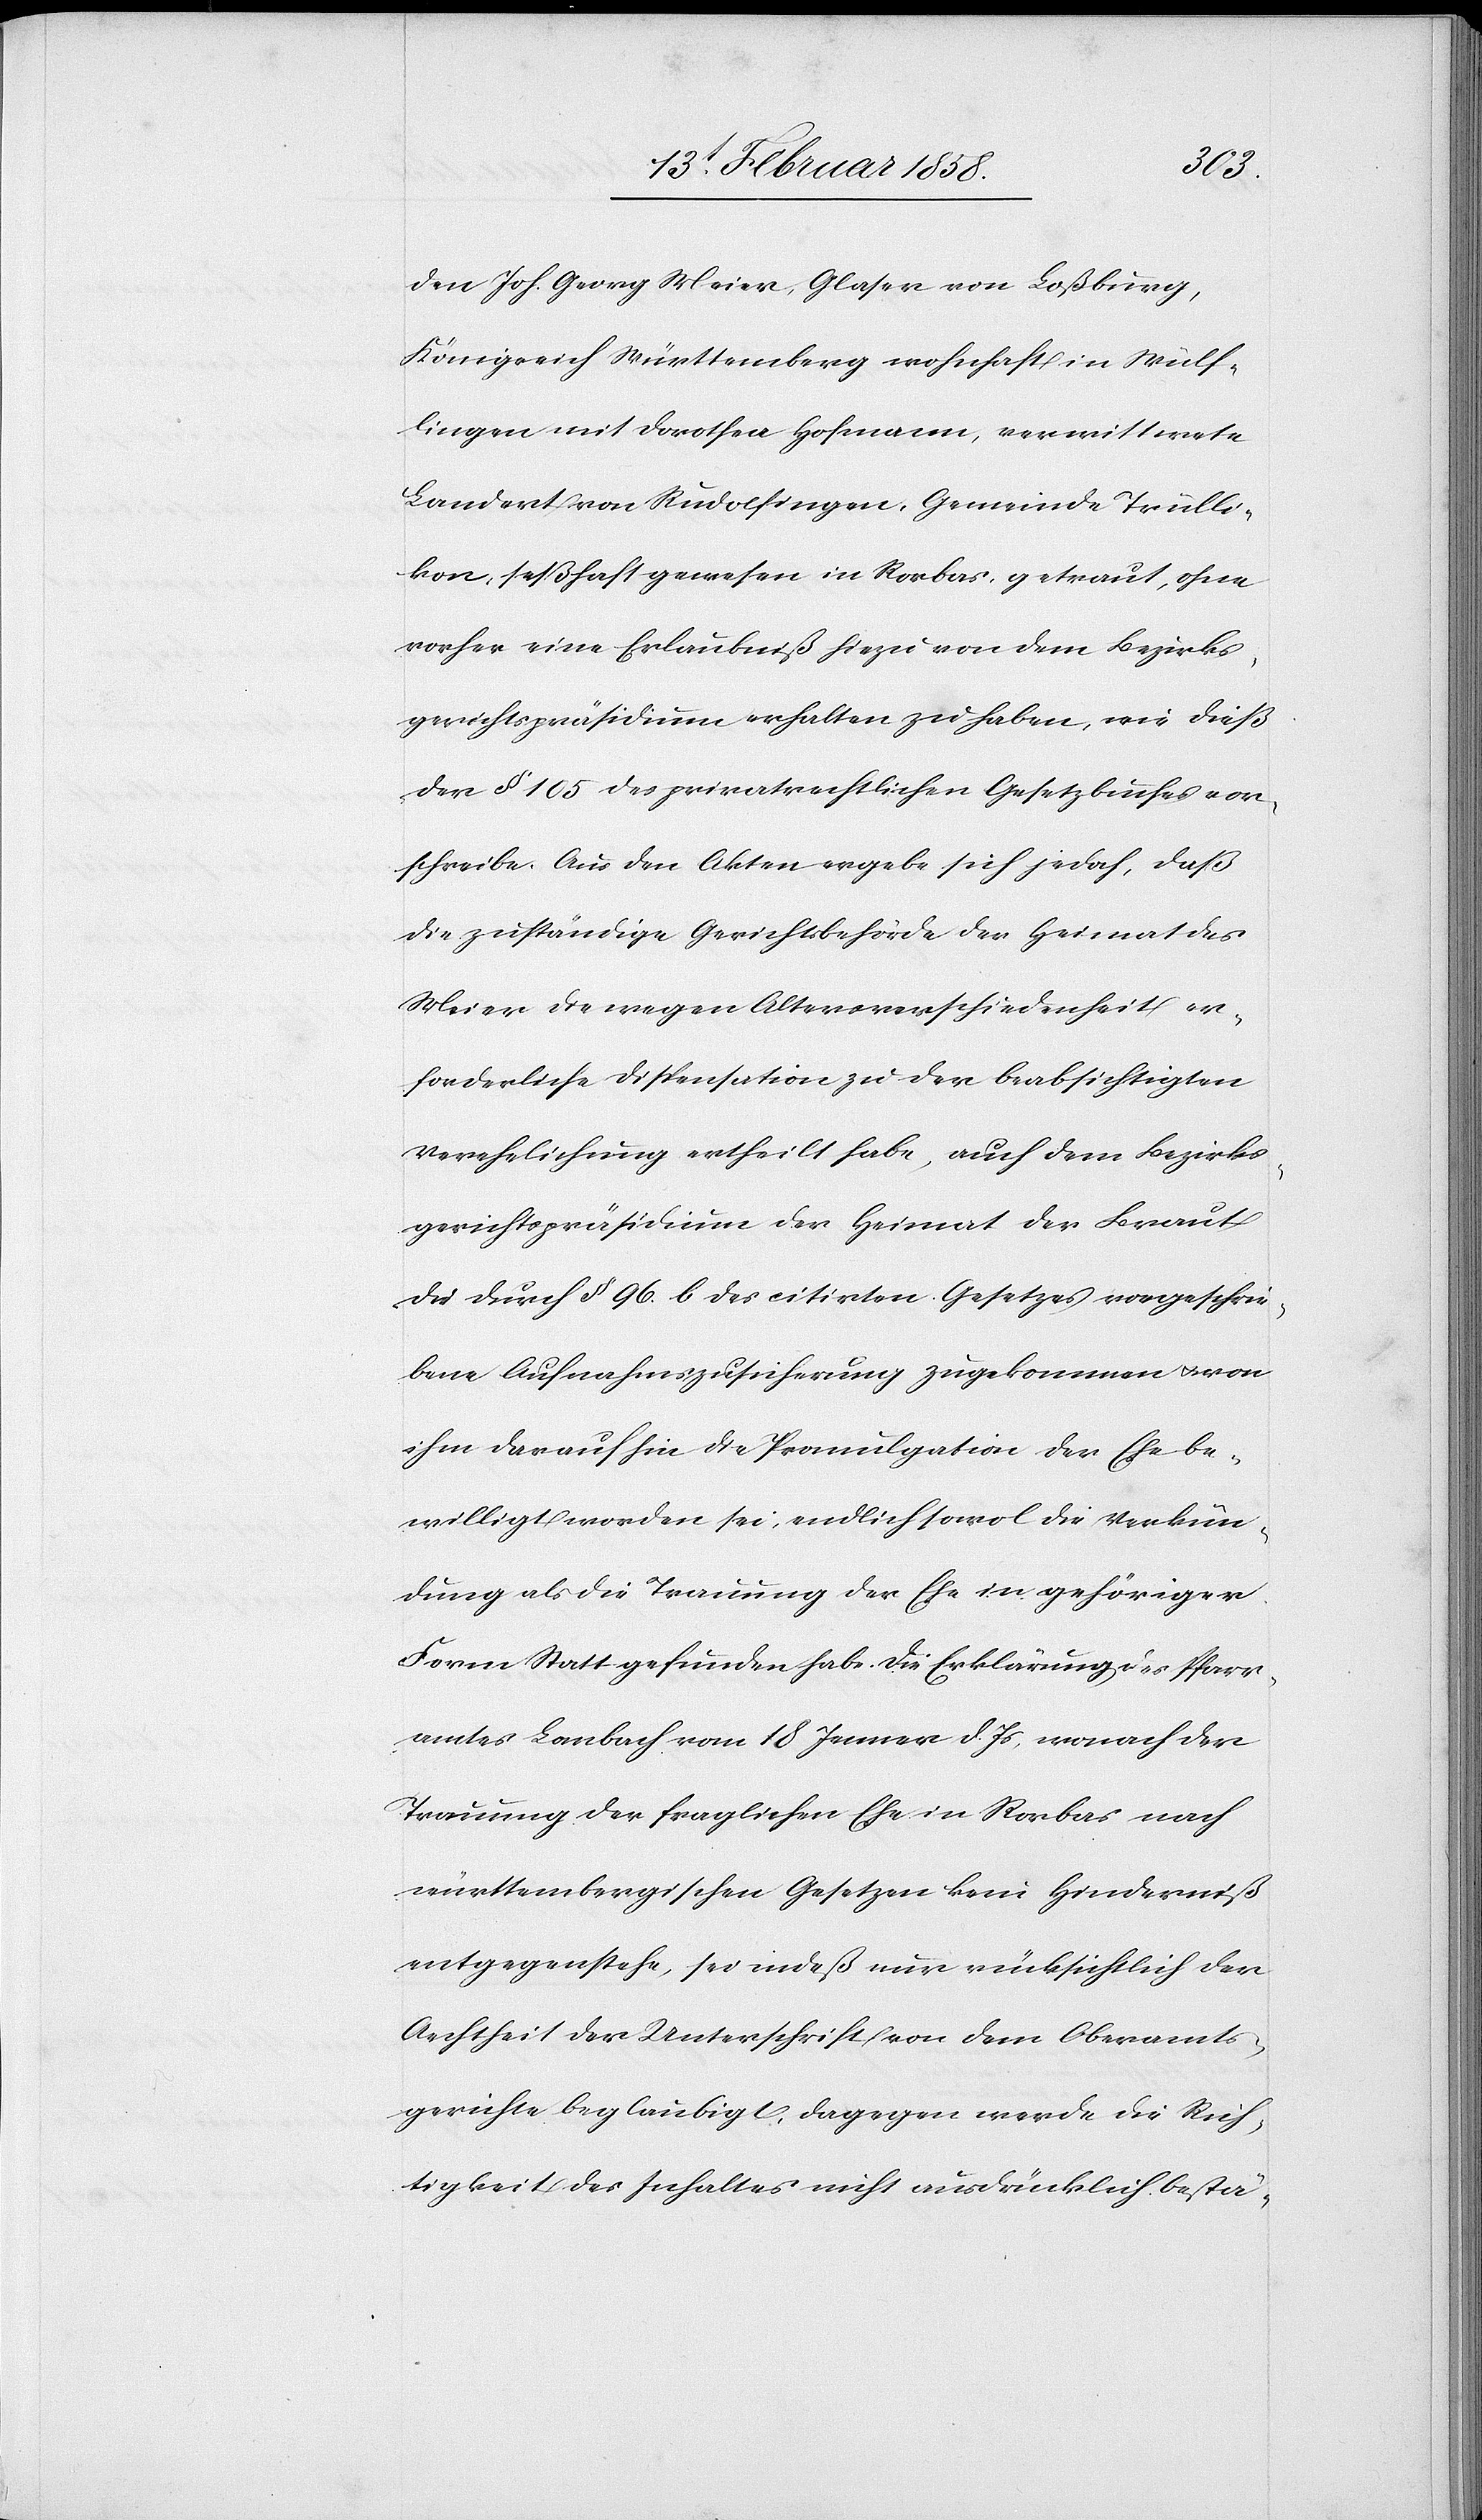
den Joh. Georg Meier, Glaser von Loßburg,
Königreich Württemberg wohnhaft in Wülf¬
lingen mit Dorothea Hofmann, verwittwete
Landert von Rudolfingen, Gemeinde Trülli¬
kon, seßhaft gewesen in Rorbas, getraut, ohne
vorher eine Erlaubniß hiezu von dem Bezirks¬
gerichtspräsidium erhalten zu haben, wie dieß
der § 105 des privatrechtlichen Gesetzbuches vor¬
schreibe. Aus den Akten ergebe sich jedoch, daß
die zuständige Gerichtsbehörde der Heimat des
Meier die wegen Altersverschiedenheit er¬
forderliche Dispensation zu der beabsichtigten
Verehelichung ertheilt habe, auf dem Bezirks¬
gerichtspräsidium der Heimat der Braut
die durch § 96 b. des citirten Gesetzes vorgeschrie¬
bene Aufnahmszusicherung zugekommen u. von
ihm darauf hin die Promulgation der Ehe be¬
willigt worden sei, endlich sowol die Verkün¬
dung als die Trauung der Ehe in gehöriger
Form Stattgefunden habe. Die Erklärung des Pfarr¬
amtes Lanbach vom 18 Jenner d. Js., wonach der
Trauung der fraglichen Ehe in Rorbas nach
württembergischen Gesetzen kein Hinderniß
entgegenstehe, sei indeß nur rücksichtlich der
Aechtheit der Unterschrift von dem Oberamts¬
gerichte beglaubigt, dagegen werde die Rich¬
tigkeit des Inhaltes nicht ausdrücklich bestä-